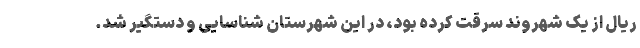
ریال از یک شهروند سرقت کرده بود، در این شهرستان شناسایی و دستگیر شد.